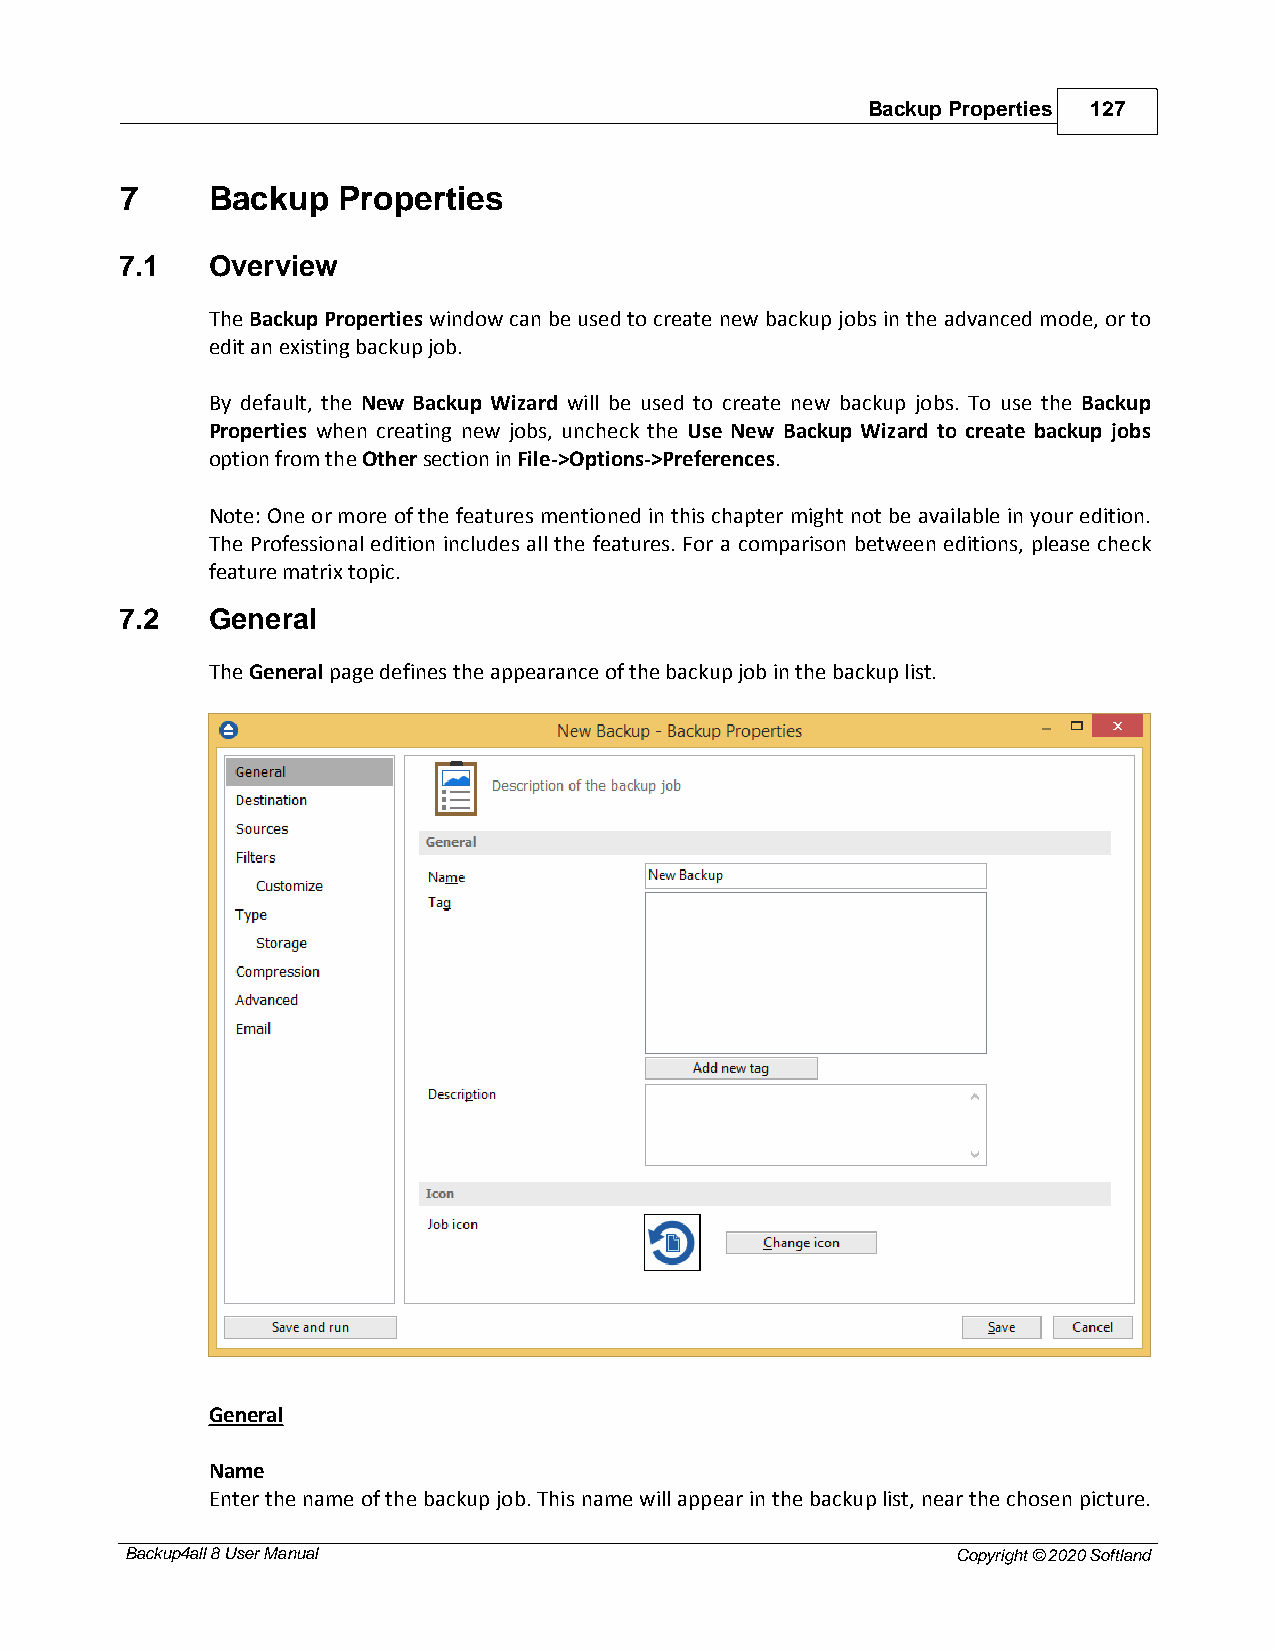
Backup Properties 127
 7     Backup  Properties
 7.1   Overview
 The Backup Properties window can be used to create new backup jobs in the advanced mode, or to
 edit an existing backup job.
 By default, the New Backup Wizard will be used to create new backup jobs. To use the Backup
 Properties when creating new jobs, uncheck the Use New Backup Wizard to create backup jobs
 option from the Other section in File->Options->Preferences.
 Note: One or more of the features mentioned in this chapter might not be available in your edition.
 The Professional edition includes all the features. For a comparison between editions, please check
 feature matrix topic.
 7.2   General
 The General page defines the appearance of the backup job in the backup list.
 General
 Name
 Enter the name of the backup job. This name will appear in the backup list, near the chosen picture.
 Backup4all 8 User Manual                               Copyright © 2020 Softland